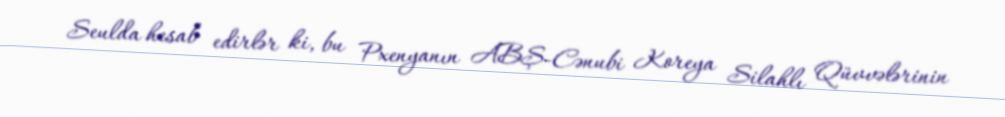
Seulda hesab edirlər ki, bu Pxenyanın ABŞ-Cənubi Koreya Silahlı Qüvvələrinin